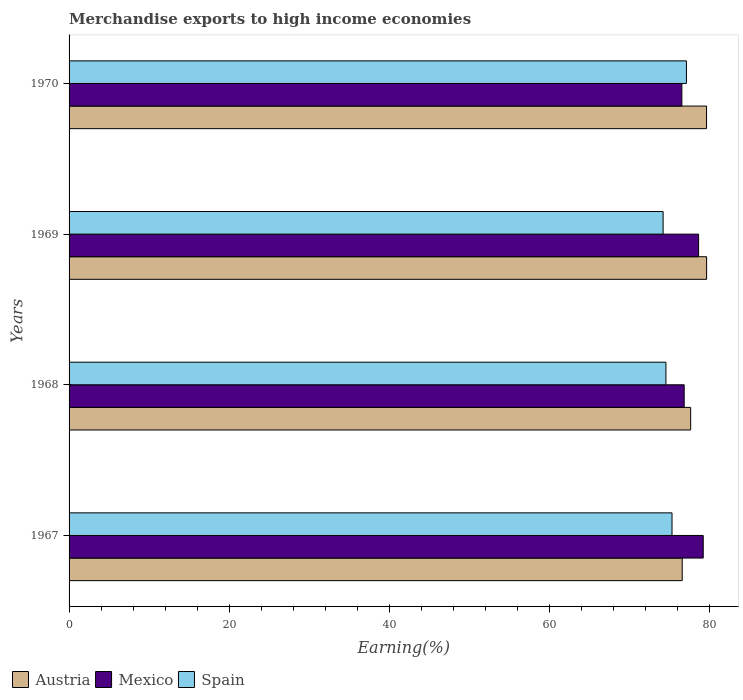
| Years | Austria | Mexico | Spain |
 | --- | --- | --- | --- |
 | 1967 | 76.6 | 79.2 | 75.3 |
 | 1968 | 77.7 | 76.9 | 74.6 |
 | 1969 | 79.7 | 78.7 | 74.2 |
 | 1970 | 79.7 | 76.6 | 77.1 |